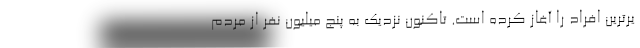
یرترین افراد را آغاز کرده است. تاکنون نزدیک به پنج میلیون نفر از مردم